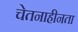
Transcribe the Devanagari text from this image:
चेतनाहीनता